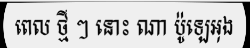
ពេល ថ្មី ៗ នោះ ណា ប៉ូឡេអុង